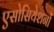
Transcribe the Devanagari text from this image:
एसोसियेशनों